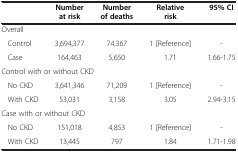
<table><thead><tr><td colspan="2"><b> </b></td><td><b>Number at risk</b></td><td><b>Number of deaths</b></td><td><b>Relative risk</b></td><td><b>95% CI</b></td></tr></thead><tbody><tr><td colspan="6">Overall</td></tr><tr><td rowspan="2"> </td><td>Control</td><td>3,694,377</td><td>74,367</td><td>1 [Reference]</td><td>-</td></tr><tr><td>Case</td><td>164,463</td><td>5,650</td><td>1.71</td><td>1.66-1.75</td></tr><tr><td colspan="6">Control with or without CKD</td></tr><tr><td rowspan="2"> </td><td>No CKD</td><td>3,641,346</td><td>71,209</td><td>1 [Reference]</td><td>-</td></tr><tr><td>With CKD</td><td>53,031</td><td>3,158</td><td>3.05</td><td>2.94-3.15</td></tr><tr><td colspan="6">Case with or without CKD</td></tr><tr><td> </td><td>No CKD</td><td>151,018</td><td>4,853</td><td>1 [Reference]</td><td>-</td></tr><tr><td> </td><td>With CKD</td><td>13,445</td><td>797</td><td>1.84</td><td>1.71-1.98</td></tr></tbody></table>